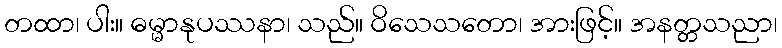
တထာ၊ ပါး။ ဓမ္မာနုပဿနာ၊ သည်။ ဝိသေသတော၊ အားဖြင့်။ အနတ္တသညာ၊